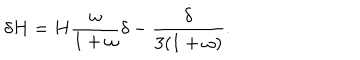
\delta H = H \frac { \omega } { 1 + \omega } \delta - \frac { \dot { \delta } } { 3 ( 1 + \omega ) } .